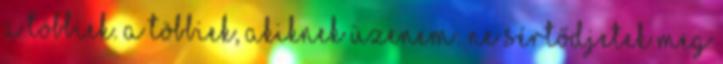
a többiek. A többiek, akiknek üzenem: ne sértődjetek meg